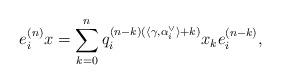
LaTeX: \begin{align*}e_i^{(n)}x=\sum_{k=0}^nq_i^{(n-k)(\langle\gamma,\alpha_i^\vee\rangle+k)}x_ke_i^{(n-k)},\end{align*}